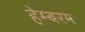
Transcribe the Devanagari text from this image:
हेम्बरम